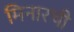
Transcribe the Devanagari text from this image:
मिनारची